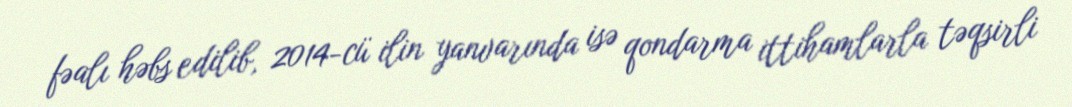
fəalı həbs edilib, 2014-cü ilin yanvarında isə qondarma ittihamlarla təqsirli